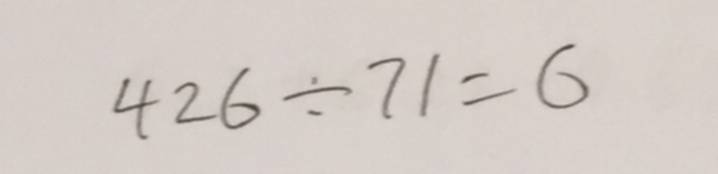
4 2 6 \div 7 1 = 6